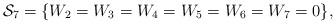
LaTeX: \begin{align*}\mathcal{S}_7=\{W_2=W_3=W_4=W_5=W_6=W_7=0\},\end{align*}